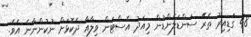
48 ގަޑިއިރު ތެރޭ ސަންޑަލެންޑުން މިއަދު އެސްޓަން ވިލާއާ ދެކޮޅަށް ނުކުންނާނެ އެވެ.